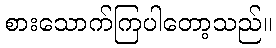
စားသောက်ကြပါတော့သည်။